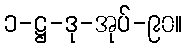
၁-ဋ္ဌ-ဒု-အုပ်-၉၀။